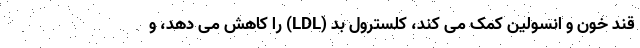
قند خون و انسولین کمک می کند، کلسترول بد (LDL) را کاهش می دهد، و